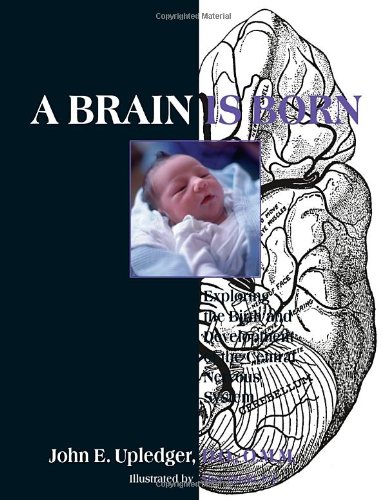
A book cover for A Brain Is Born: Exploring the Birth and Development of the Central Nervous System; John E. Upledger; Medical Books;